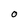
Character: O